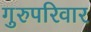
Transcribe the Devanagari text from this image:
गुरुपरिवार